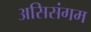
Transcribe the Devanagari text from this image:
असिसंगम